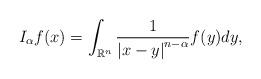
LaTeX: \begin{align*}I_{\alpha }f(x)=\int_{\mathbb{R}^{n}} \frac{1}{\left\vert x-y\right\vert ^{n-\alpha }}f(y)dy,\end{align*}